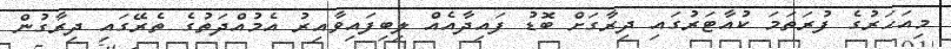
މިއަހަރުގެ ފުރަތަމަ ކުއާޓަރުގައި ދިރާގަށް ބޮޑު ފައިދާއެއް ލިބިފައިވާއިރު އެމުއްދަތުގެ ތެރޭގައި ދިރާގުން